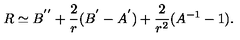
R \simeq B ^ { ' ^ { \prime } } + \frac { 2 } { r } ( B ^ { ' } - A ^ { ' } ) + \frac { 2 } { r ^ { 2 } } ( A ^ { - 1 } - 1 ) .